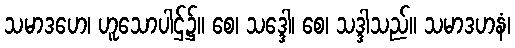
သမာဒဟေ၊ ဟူသောပါဌ်၌။ စေ၊ သဒ္ဒေါ၊ စေ၊ သဒ္ဒါသည်။ သမာဒဟနံ၊